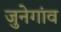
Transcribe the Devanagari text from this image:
जुनेगांव